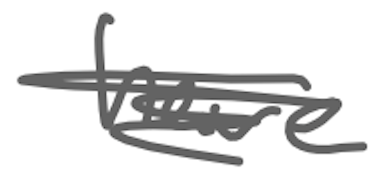
Text: have
Cross-out: scratch
Writing tool: digital_gray